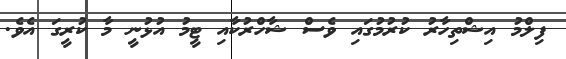
ފިލްމު އިޝްތިހާރު ކުރުމުގައި ވެސް ޝާހްރުކާއި ޓީމު އުޅުނީ މާ ކުރީގަ އެވެ.